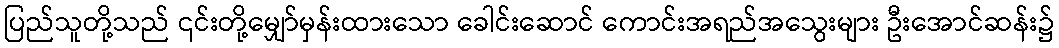
ပြည်သူတို့သည် ၎င်းတို့မျှော်မှန်းထားသော ခေါင်းဆောင် ကောင်းအရည်အသွေးများ ဦးအောင်ဆန်း၌